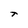
Character: T